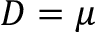
D = \mu